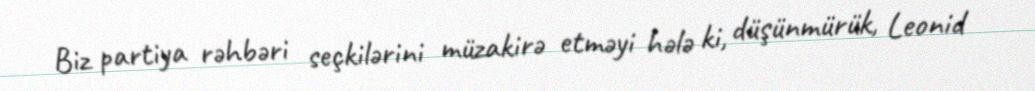
Biz partiya rəhbəri seçkilərini müzakirə etməyi hələ ki, düşünmürük, Leonid